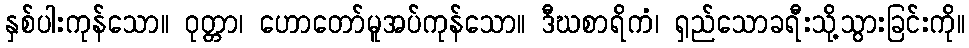
နှစ်ပါးကုန်သော။ ဝုတ္တာ၊ ဟောတော်မူအပ်ကုန်သော။ ဒီဃစာရိကံ၊ ရှည်သောခရီးသို့သွားခြင်းကို။